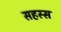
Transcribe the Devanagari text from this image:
सहस्स